Vaccination in Bombay 1913-1923 - 1913-1923
Year: 1913
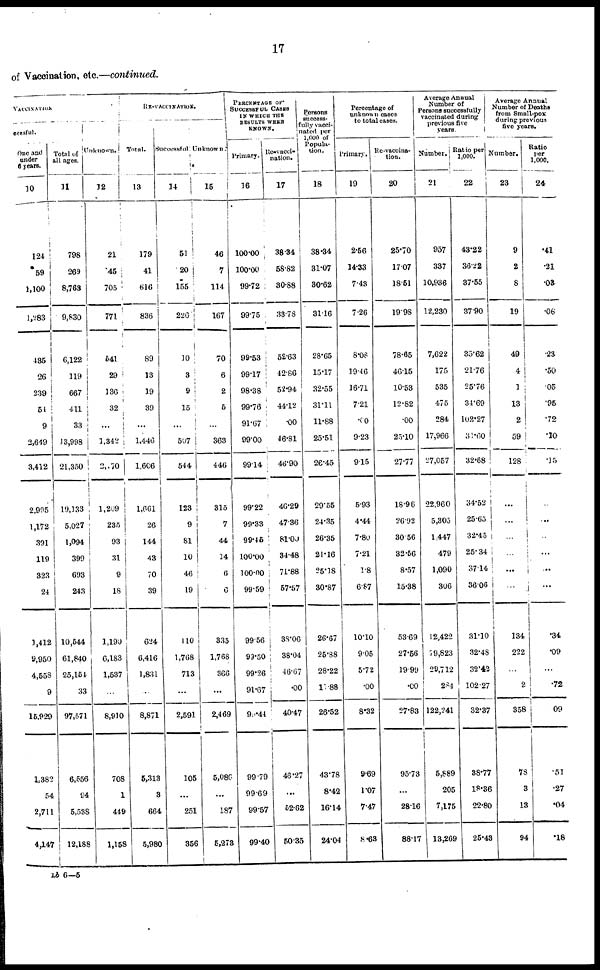
17
of Vaccination, etc.—continued.
VACCINATION.
cessful.
One and
under
6 years.
10
124
59
1,100
1,283
435
26
239
54
9
2,649
3,412
2,995
1,172
391
119
323
24
1,412
9,950
4,558
9
15,929
1,382
54
2,711
4,147
Total of
all ages.
11
798
269
8,763
9,830
6,122
119
667
411
33
13,998
21,350
19,133
5,027
1,094
399
693
243
10,544
61,840
25,154
33
97,571
6,556
94
5,538
12,188
Unknown.
12
21
45
705
771
541
29
136
32
...
1,342
2,170
1,209
235
93
31
9
18
1,190
6,183
1,537
...
8,910
708
1
449
1,158
RE-VACCINATION.
Total.
13
179
41
616
836
89
13
19
39
...
1,446
1,606
1,661
26
144
43
70
39
624
6,416
1,831
...
8,871
5,313
3
664
5,980
Successful.
14
51
20
155
226
10
3
9
15
...
507
544
123
9
81
10
46
19
110
1,768
713
...
2,591
105
...
251
356
Unknown.
15
46
7
114
167
70
6
2
5
...
363
446
315
7
44
14
6
6
335
1,768
366
...
2,469
5,086
...
187
5,273
PERCENTAGE OF
SUCCESSFUL CASES
IN WHICH THE
RESULTS WERE
KNOWN.
Primary.
16
100.00
100.00
99.72
99.75
99.53
99.17
98.38
99.76
91.67
99.00
99.14
99.22
99.33
99.45
100.00
100.00
99.59
99.56
99.50
99.26
91.67
99.44
99.79
99.69
99.57
99.40
Re-vacci-
nation.
17
38.34
58.82
30.88
33.78
52.63
42.86
52.94
44.12
.00
46.81
46.90
46.29
47.36
81.00
34.48
71.88
57.57
38.06
38.04
46.67
.00
40.47
46.27
...
52.62
50.35
Persons
success-
fully vacci-
nated per
1,000 of
Popula-
tion.
18
38.34
31.07
30.62
31.16
28.65
15.17
32.55
31.11
11.88
25.51
26.45
29.55
24.35
26.35
21.16
25.18
30.87
26.67
25.88
28.22
17.88
26.52
43.78
8.42
16.14
24.04
Percentage of
unknown cases
to total cases.
Primary.
19
2.56
14.33
7.43
7.26
8.08
19.46
16.71
7.21
.00
9.23
9.15
5.93
4.44
7.80
7.21
1.8
6.87
10.10
9.05
5.72
.00
8.32
9.69
1.07
7.47
8.63
Re-vaccina-
tion.
20
25.70
17.07
18.51
19.98
78.65
46.15
10.53
12.82
.00
25.10
27.77
18.96
26.92
30.56
32.56
8.57
15.38
53.69
27.56
19.99
.00
27.83
95.73
...
28.16
88.17
Average Annual
Number of
Persons successfully
vaccinated during
previous five
years.
Number.
21
957
337
10,936
12,230
7,622
175
535
475
284
17,966
27,057
22,960
5,305
1,447
479
1,090
306
12,422
79,823
29,712
284
122,241
5,889
205
7,175
13,269
Ratio per
1,000.
22
43.22
36.22
37.55
37.90
35.62
21.76
25.76
34.69
102.27
31.60
32.68
34.52
25.65
32.45
25.34
37.14
36.06
31.10
32.48
32.42
102.27
32.37
38.77
18.36
22.80
25.43
Average Annual
Number of Deaths
from Small-pox
during previous
five years.
Number.
23
9
2
8
19
49
4
1
13
2
59
128
...
...
...
...
...
...
134
222
...
2
358
78
3
13
94
Ratio
per
1,000.
24
.41
.21
.03
.06
.23
.50
.05
.95
.72
.10
.15
...
...
...
...
...
...
.34
.09
...
.72
.09
.51
.27
.04
.18
Lb 6—5